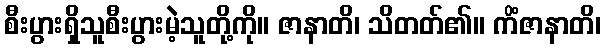
စီးပွားရှိသူစီးပွားမဲ့သူတို့ကို။ ဇာနာတိ၊ သိတတ်၏။ ကိံဇာနာတိ၊